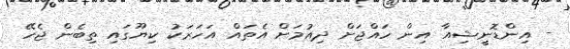
- އިންޑޮނީޝިއާ އިން ހައްޖަށް ދިއުމަށް އެތައް އަހަރަކު ކިޔޫގައި ތިބެން ޖެހޭ